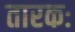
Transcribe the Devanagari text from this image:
तारकः